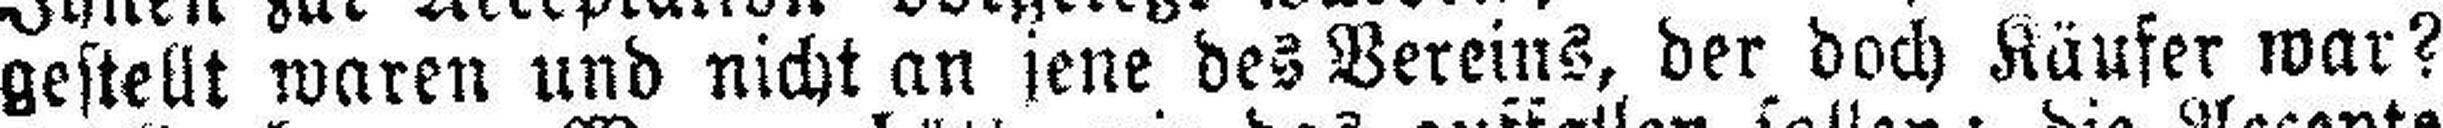
gestellt waren und nicht an jene des Vereins, der doch Käufer war?